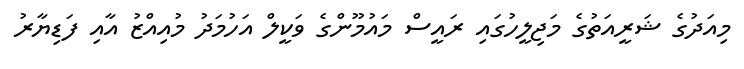
މިއަދުގެ ޝަރީއަތުގެ މަޖިލީހުގައި ރައީސް މައުމޫންގެ ވަކީލް އަހުމަދު މުއިއްޒު އާއި ފަޑިޔާރު